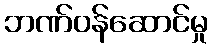
ဘဏ်ဝန်ဆောင်မှု